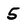
Character: 5